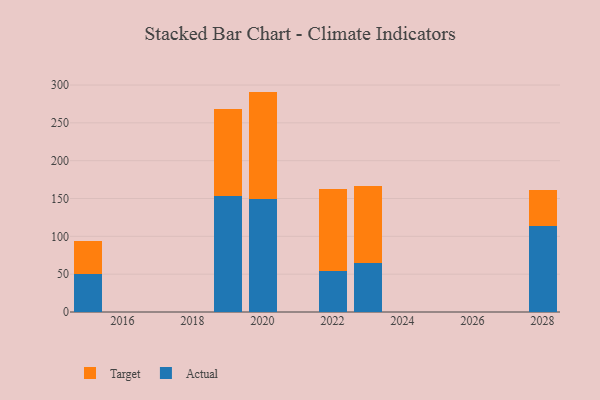
{"axis": {"x": "Year", "y": "Tickets Resolved"}, "legend": ["Actual", "Target"], "data": [{"x": "2023", "y": 64.5, "type": "Actual"}, {"x": "2023", "y": 102.1, "type": "Target"}, {"x": "2028", "y": 113.7, "type": "Actual"}, {"x": "2028", "y": 47.6, "type": "Target"}, {"x": "2019", "y": 153.1, "type": "Actual"}, {"x": "2019", "y": 114.6, "type": "Target"}, {"x": "2015", "y": 50.5, "type": "Actual"}, {"x": "2015", "y": 42.9, "type": "Target"}, {"x": "2020", "y": 149.7, "type": "Actual"}, {"x": "2020", "y": 141.6, "type": "Target"}, {"x": "2022", "y": 53.8, "type": "Actual"}, {"x": "2022", "y": 108.6, "type": "Target"}]}